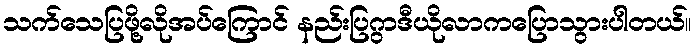
သက်သေပြဖို့လိုအပ်ကြောင် နည်းပြဂွာဒီယိုလာကပြောသွားပါတယ်။